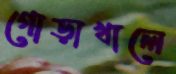
গোড়াখালে